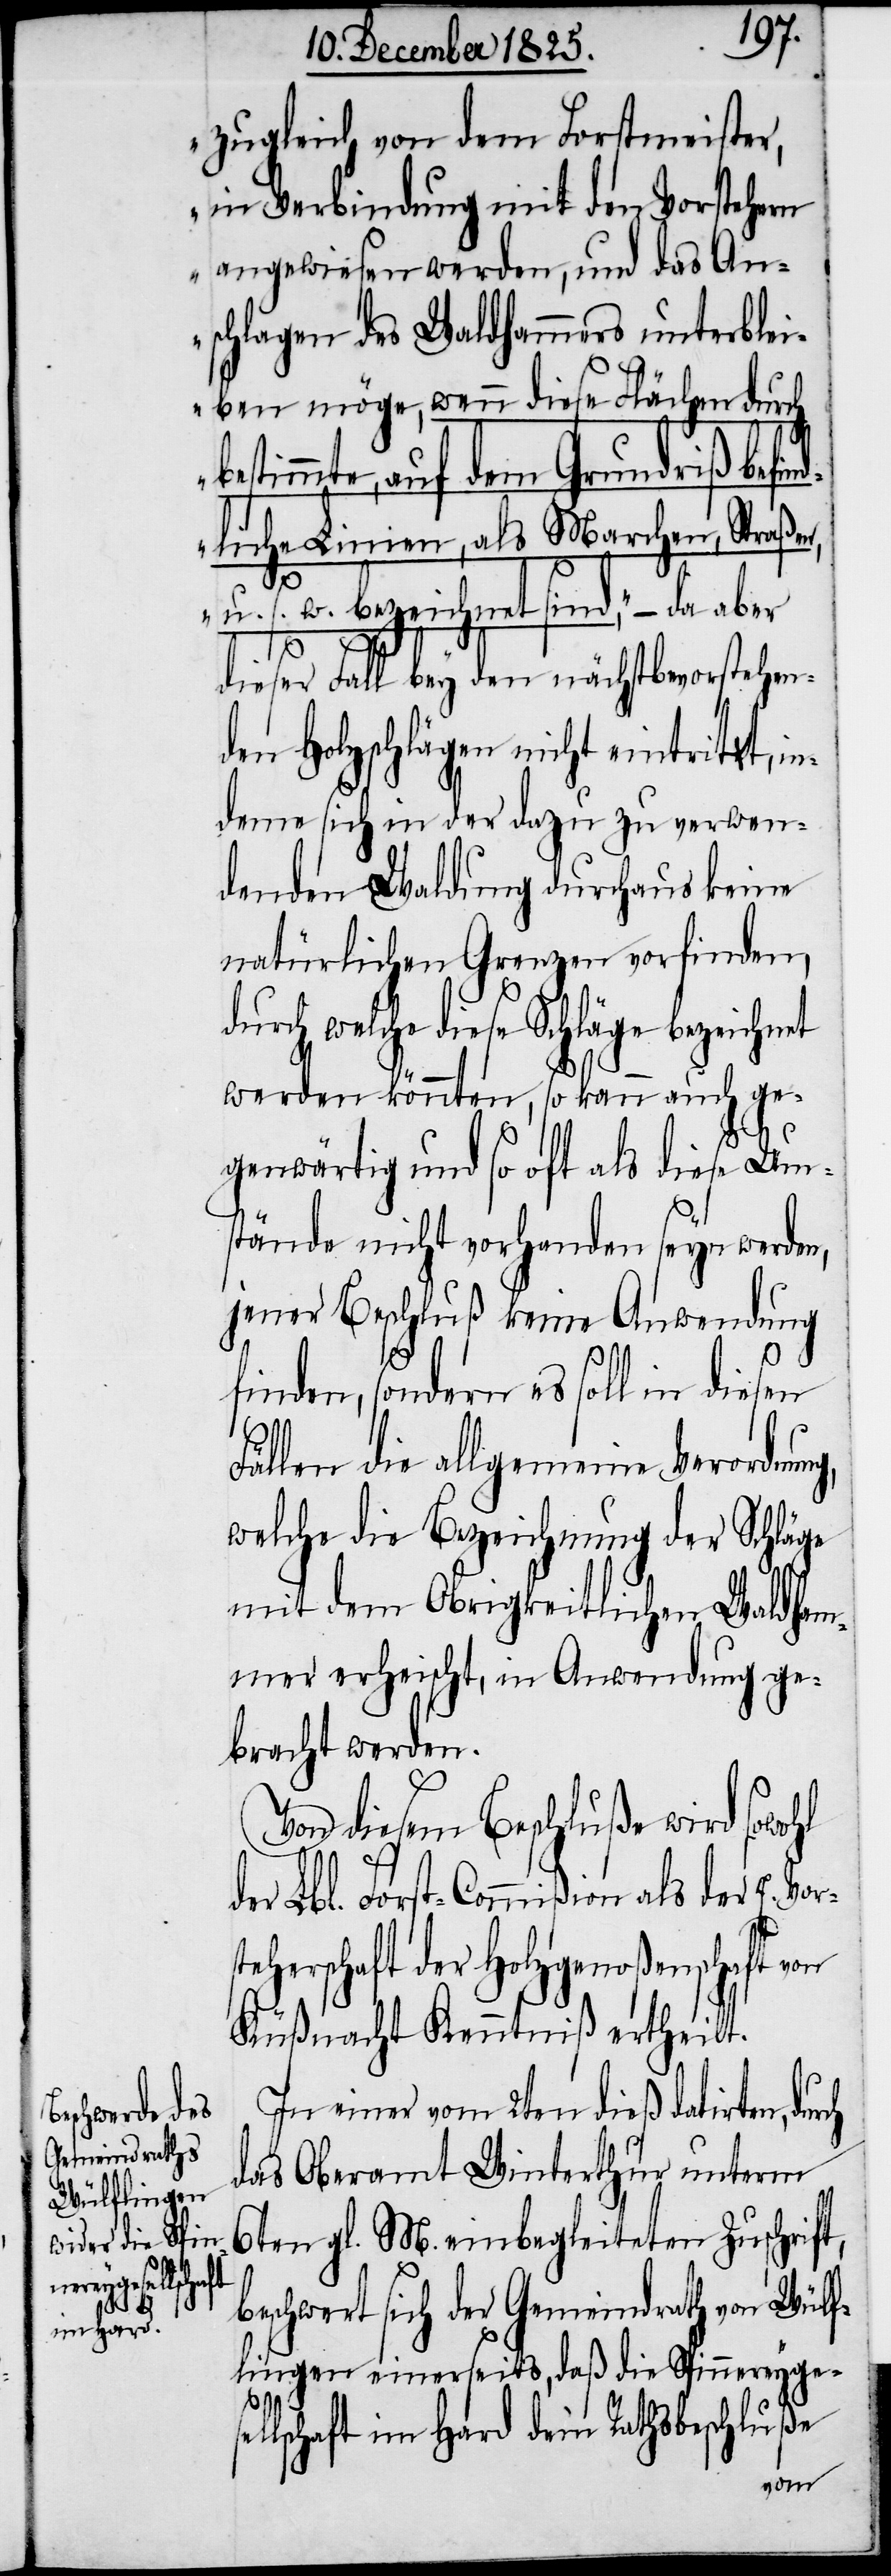
zugleich von dem Forstmeister,
in Verbindung mit den Vorstehern
angewiesen werden, und das An¬
schlagen des Waldhammers unterblei¬
ben möge, wenn diese Flächen durch
estimmte, auf dem Grundriß befin¬
dliche Linien, als Marchen, Straße¬
n, u. s. w. bezeichnet sind,“ – da aber
ch
dieser Fall bey den nächstbevorstehen¬
den Holzschlägen nicht eintritt, i¬
ndeme sich in der dazu zu verwen¬
denden Waldung durchaus keine
natürlichen Grenzen vorfinden,
durch welche diese Schläge bezeichnet
werden könnten, so kann auch ge¬
b¬
genwärtig und so oft als diese Um¬
stände nicht vorhanden seyn werden,
jener Beschluß keine Anwendung
finden, sondern es soll in diesen
Fällen die allgemeine Verordnung,
welche die Bezeichnung der Schläge
mit dem Obrigkeitlichen Waldham¬
mer erheischt, in Anwendung ge¬
bracht werden.
Von diesem Beschluße wird sowohl
der Lbl. Forst-Commißion als der E. Vo¬
herschaft Kenntniß ertheilt.
In einer vom 2ten dieß datirten, dur¬
das Oberamt Winterthur unterm
6ten gl. M. einbegleiteten Zuschrift,
beschwert sich der Gemeindrath von Wülf¬
lingen einerseits, daß die Spinnereygese¬
rste¬
llschaft im Hard dem Rathsbeschluße